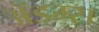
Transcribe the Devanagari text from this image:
ॲडम्स्